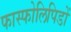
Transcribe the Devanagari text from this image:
फास्फोलिपिडों